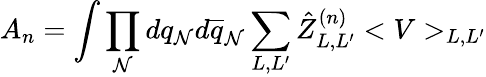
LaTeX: A_{n}=\int\prod_{\mathcal{N}}dq_{\mathcal{N}}d\overline{{{q}}}_{\mathcal{N}}\sum_{L,L^{\prime}}\hat{{Z}}_{L,L^{\prime}}^{(n)}<V>_{L,L^{\prime}}